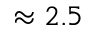
\approx 2 . 5